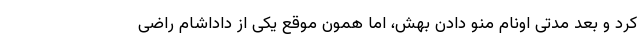
کرد و بعد مدتی اونام منو دادن بهش، اما همون موقع یکی از داداشام راضی